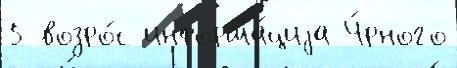
5 возро́с информа́циjа Ч́рного